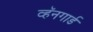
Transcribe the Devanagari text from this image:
व्हॅनगार्ड